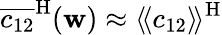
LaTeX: \overline{{c_{12}}}^{\mathrm{H}}(\mathbf{w})\approx\langle\! \langle c_{12}\rangle\! \rangle^{\mathrm{H}}